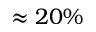
\approx 2 0 \%